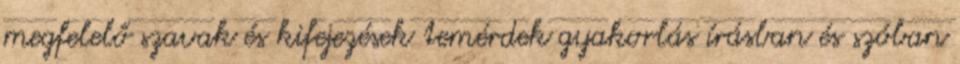
megfelelő szavak és kifejezések temérdek gyakorlás írásban és szóban